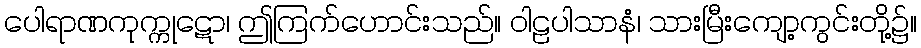
ပေါရာဏကုက္ကုဋော၊ ဤကြက်ဟောင်းသည်။ ဝါဠပါသာနံ၊ သားမြီးကျော့ကွင်းတို့၌။